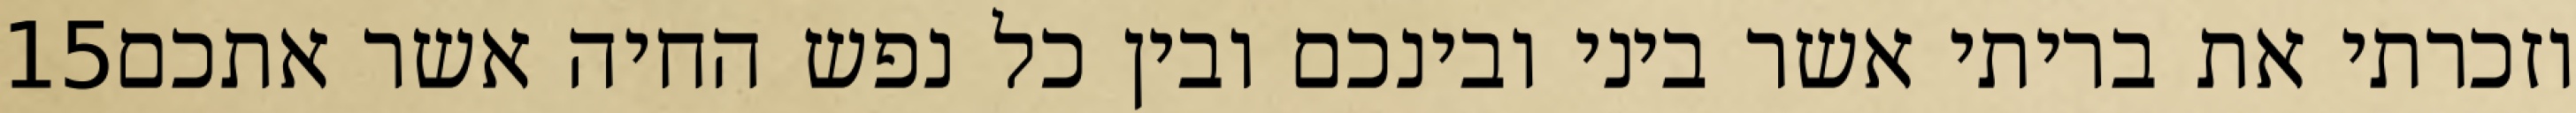
‎15‏ וזכרתי את בריתי אשר ביני ובינכם ובין כל נפש החיה אשר אתכם